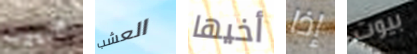
البيوت العشب أخيها إذا بيوت